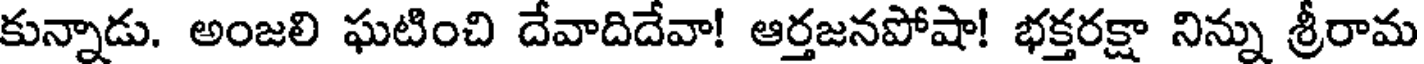
కున్నాడు. అంజలి ఘటించి దేవాదిదేవా! ఆర్తజనపోషా! భక్తరక్షా నిన్ను శ్రీరామ